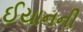
ઈયાનની